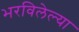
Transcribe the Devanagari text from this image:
भरविलेल्या